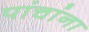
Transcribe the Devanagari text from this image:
पांचांना